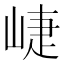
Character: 崨